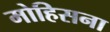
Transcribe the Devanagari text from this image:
मोहिसना